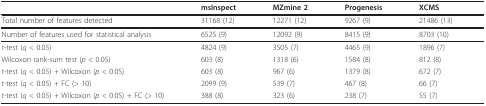
|  | msInspect | MZmine 2 | Progenesis | XCMS |
 | --- | --- | --- | --- | --- |
 | Total number of features detected | 31168 (12) | 12271 (12) | 9267 (9) | 21486 (13) |
 | Number of features used for statistical analysis | 6525 (9) | 12092 (9) | 8415 (9) | 8703 (10) |
 | t-test (q < 0.05) | 4824 (9) | 3505 (7) | 4465 (9) | 1896 (7) |
 | Wilcoxon rank-sum test (p < 0.05) | 603 (8) | 1318 (6) | 1584 (8) | 812 (8) |
 | t-test (q < 0.05) + Wilcoxon (p < 0.05) | 603 (8) | 967 (6) | 1379 (8) | 672 (7) |
 | t-test (q < 0.05) + FC (> 10) | 2099 (9) | 539 (7) | 467 (8) | 66 (7) |
 | t-test (q < 0.05) + Wilcoxon (p < 0.05) + FC (> 10) | 388 (8) | 323 (6) | 238 (7) | 55 (7) |